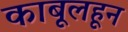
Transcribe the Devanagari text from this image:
काबूलहून